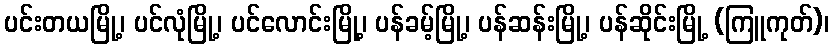
ပင်းတယမြို့၊ ပင်လုံမြို့၊ ပင်လောင်းမြို့၊ ပန်ခမ့်မြို့၊ ပန်ဆန်းမြို့၊ ပန်ဆိုင်းမြို့ (ကြူကုတ်)၊